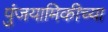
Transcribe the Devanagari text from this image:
पुंजयामिकीच्या